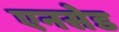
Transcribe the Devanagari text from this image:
एनसेड